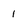
Character: 1